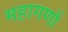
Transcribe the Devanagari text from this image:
महागणों